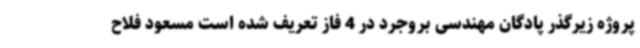
پروژه زیرگذر پادگان مهندسی بروجرد در 4 فاز تعریف شده است مسعود فلاح